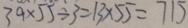
3 9 \times 5 5 \div 3 = 1 3 \times 5 5 = 7 1 5